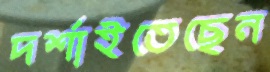
দর্শাইতেছেন